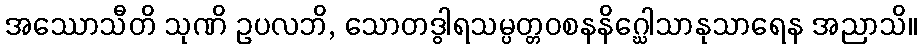
အဿောသီတိ သုဏိ ဥပလဘိ, သောတဒွါရသမ္ပတ္တဝစနနိဂ္ဃေါသာနုသာရေန အညာသိ။